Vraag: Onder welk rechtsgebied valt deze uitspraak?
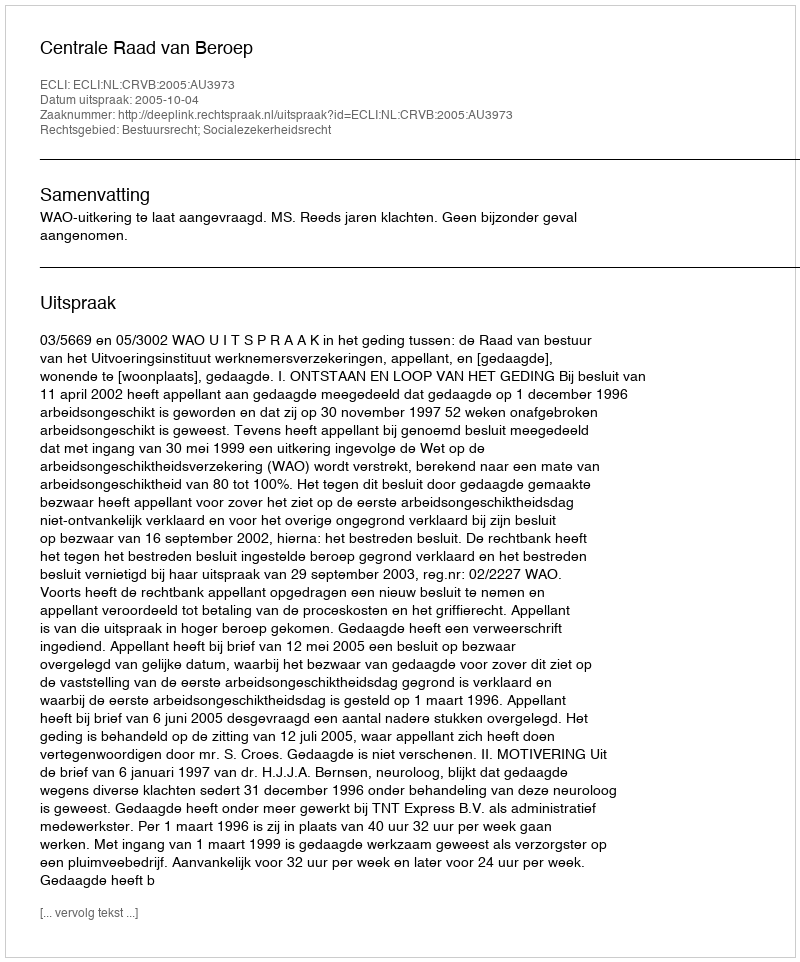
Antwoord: Bestuursrecht; Socialezekerheidsrecht